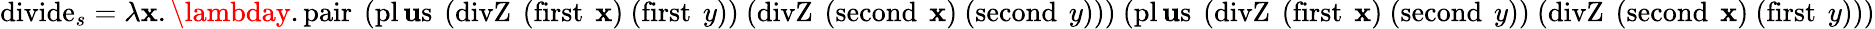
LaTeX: \operatorname{divide}_{s}=\lambda\mathbf{x}.\lambday.\operatorname{pair}\ (\operatorname{pl\mathbf{u}s}\ (\operatorname{divZ}\ (\operatorname{first}\ \mathbf{x})\ (\operatorname{first}\ y))\ (\operatorname{divZ}\ (\operatorname{second}\ \mathbf{x})\ (\operatorname{second}\ y)))\ (\operatorname{pl\mathbf{u}s}\ (\operatorname{divZ}\ (\operatorname{first}\ \mathbf{x})\ (\operatorname{second}\ y))\ (\operatorname{divZ}\ (\operatorname{second}\ \mathbf{x})\ (\operatorname{first}\ y)))